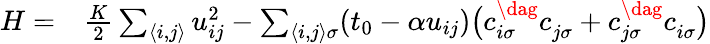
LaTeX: \begin{array}{rl}{H=}&{{}\frac{K}{2}\sum_{\langle i,j\rangle}u_{ij}^{2}-\sum_{\langle i,j\rangle\sigma}(t_{0}-\alpha u_{ij})\big(c_{i\sigma}^{\dag}c_{j\sigma}^{\phantom{}}+c_{j\sigma}^{\dag}c_{i\sigma}^{\phantom{}}\big)}\end{array}